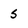
Character: 5